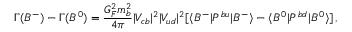
\Gamma ( B ^ { - } ) - \Gamma ( B ^ { 0 } ) = \frac { G _ { F } ^ { 2 } m _ { b } ^ { 2 } } { 4 \pi } | V _ { c b } | ^ { 2 } | V _ { u d } | ^ { 2 } [ \langle B ^ { - } | P ^ { b u } | B ^ { - } \rangle - \langle B ^ { 0 } | P ^ { b d } | B ^ { 0 } \rangle ] \, ,